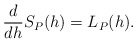
\begin{align*} \begin{aligned} \frac{d}{dh}S_P(h)=L_P(h). \end{aligned} \end{align*}